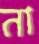
না